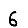
Digit: 6